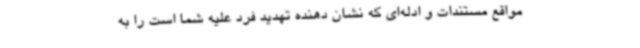
مواقع مستندات و ادله‌ای که نشان دهنده تهدید فرد علیه شما است را به